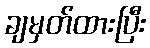
ချမှတ်ထားပြီး